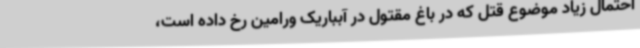
احتمال زیاد موضوع قتل که در باغ مقتول در آبباریک ورامین رخ داده است،